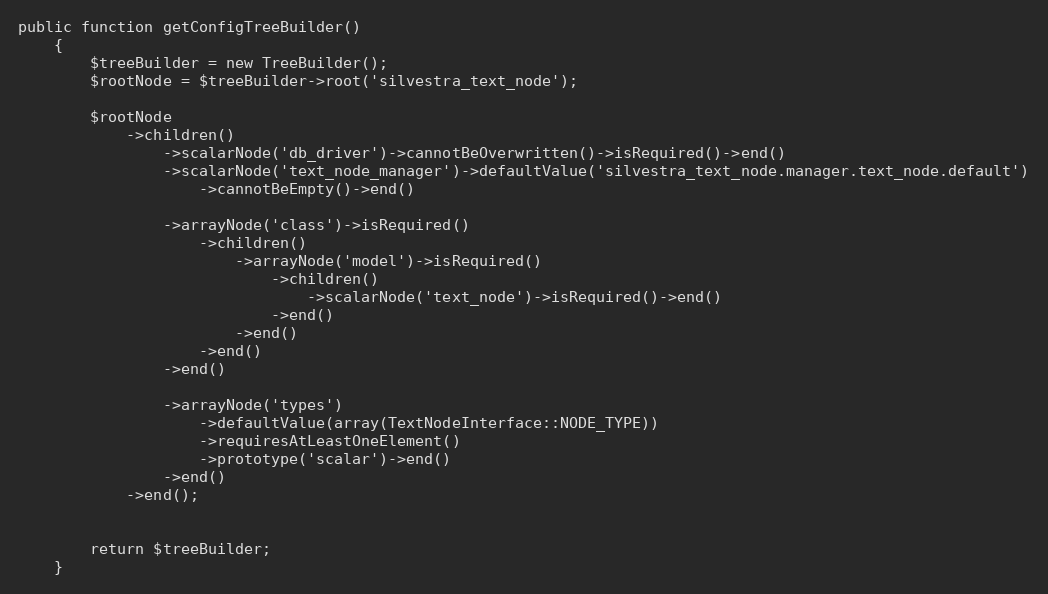
Language: PHP
public function getConfigTreeBuilder()
    {
        $treeBuilder = new TreeBuilder();
        $rootNode = $treeBuilder->root('silvestra_text_node');

        $rootNode
            ->children()
                ->scalarNode('db_driver')->cannotBeOverwritten()->isRequired()->end()
                ->scalarNode('text_node_manager')->defaultValue('silvestra_text_node.manager.text_node.default')
                    ->cannotBeEmpty()->end()

                ->arrayNode('class')->isRequired()
                    ->children()
                        ->arrayNode('model')->isRequired()
                            ->children()
                                ->scalarNode('text_node')->isRequired()->end()
                            ->end()
                        ->end()
                    ->end()
                ->end()

                ->arrayNode('types')
                    ->defaultValue(array(TextNodeInterface::NODE_TYPE))
                    ->requiresAtLeastOneElement()
                    ->prototype('scalar')->end()
                ->end()
            ->end();

        return $treeBuilder;
    }